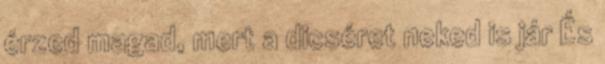
érzed magad, mert a dicséret neked is jár És